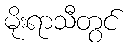
မိုးရာသီတွင်